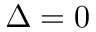
\Delta = 0